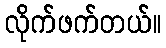
လိုက်ဖက်တယ်။